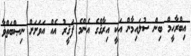
އިބްރާހީމް ބިން ސުލައިމާން އަކީ އިރާޤްގެ އެންމެ ފަޤީރު އެއް އަވަށަށް ނިޞްބަތްވާ